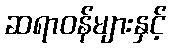
ဆရာဝန်များနှင့်